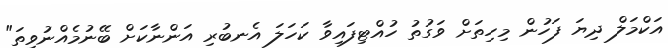
އަކްމަލް ދިޔަ ފަހުން މިހިތަށް ވަގުތު ހުއްޓިފައިވާ ކަހަލަ އެނބުރި އަންނާކަށް ބޭނުމެއްނުވިތަ"